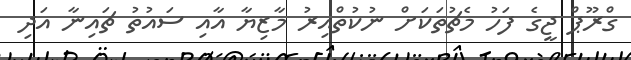
ގްރޫޕް ޖީގެ ފަހު މެޗުތަކަށް ނުކުތްއިރު މާޒިޔާ އާއި ސައުތު ޗައިނާ އަދި